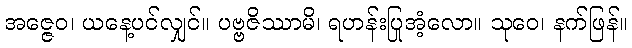
အဇ္ဇေဝ၊ ယနေ့ပင်လျှင်။ ပဗ္ဗဇိဿာမိ၊ ရဟန်းပြုအံ့လော။ သုဝေ၊ နက်ဖြန်။